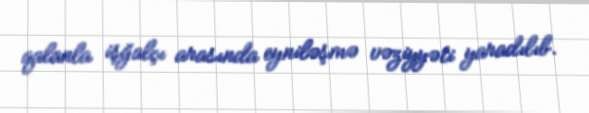
qalanla işğalçı arasında eyniləşmə vəziyyəti yaradılıb.